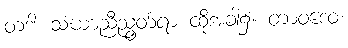
တဒါ၊ သံဃာညီညွတ်ရာ ထိုအခါ၌။ တာဝဒေဝ၊